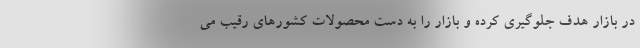
در بازار هدف جلوگیری کرده و بازار را به دست محصولات کشورهای رقیب می